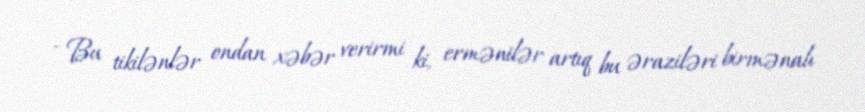
- Bu tikilənlər ondan xəbər verirmi ki, ermənilər artıq bu əraziləri birmənalı